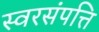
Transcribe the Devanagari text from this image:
स्वरसंपत्ति